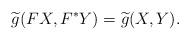
LaTeX: \begin{align*} \widetilde{g}(FX,F^{\ast}Y)=\widetilde{g}(X,Y).\end{align*}